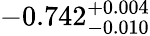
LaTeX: -0.742_{-0.010}^{+0.004}